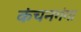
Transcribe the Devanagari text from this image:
कंचनगंगा